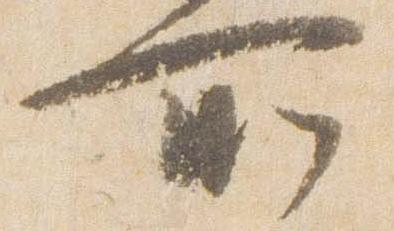
所